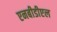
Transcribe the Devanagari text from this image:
एनबीडीएल